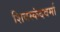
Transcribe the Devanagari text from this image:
शिवस्कंदवर्मा